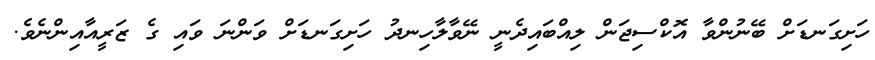
ހަށިގަނޑަށް ބޭނުންވާ އޮކްސިޖަން ލިއްބައިދެނީ ނޭވާލާހިނދު ހަށިގަނޑަށް ވަންނަ ވައި ގެ ޒަރީއާއިންނެވެ.